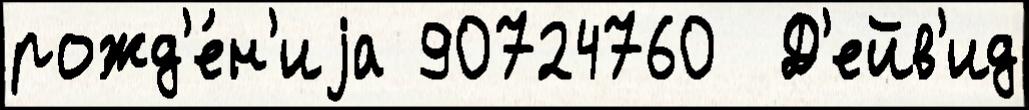
рожд'е́н'иjа 90724760  Д'ейв'ид